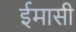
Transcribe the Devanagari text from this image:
ईमासी